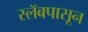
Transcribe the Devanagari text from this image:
स्लॅबपासून